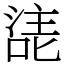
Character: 㗟